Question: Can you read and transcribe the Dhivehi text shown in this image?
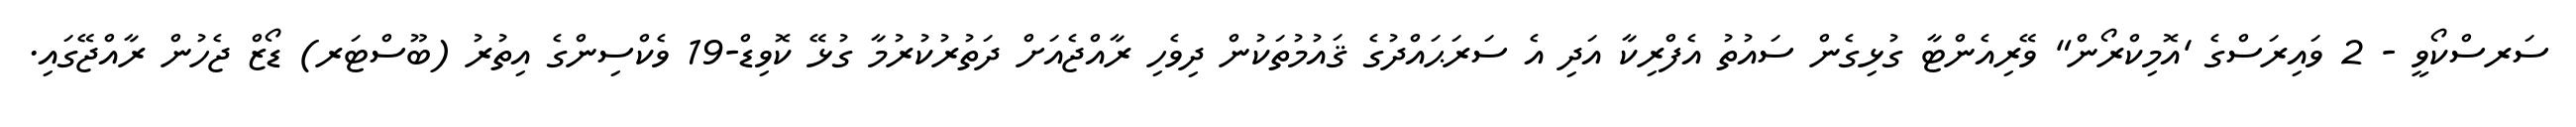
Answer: ސަރސްކޯވީ - 2 ވައިރަސްގެ 'އޮމިކްރޯން" ވޭރިއެންޓާ ގުޅިގެން ސައުތު އެފްރިކާ އަދި އެ ސަރަޙައްދުގެ ޤައުމުތަކުން ދިވެހި ރާއްޖެއަށް ދަތުރުކުރުމާ ގުޅޭ ކޮވިޑް-19 ވެކްސިންގެ އިތުރު (ބޫސްޓަރ) ޑޯޒް ޖެހުން ރާއްޖޭގައި.